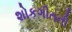
શોકગીતની